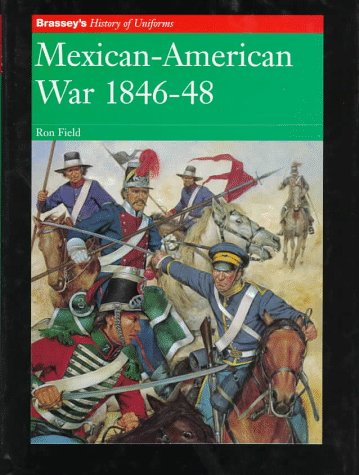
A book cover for Mexican-American War, 1846-48 (Brassey's History of Uniforms); Ron Field; History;